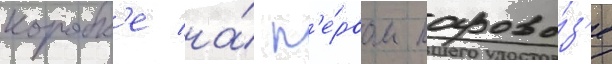
коробк'е на́ п'е́рвом парово́з'е